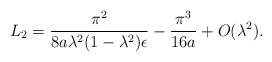
LaTeX: \begin{align*}L_2 = {\pi^2 \over 8a \lambda^2 (1 - \lambda^2) \epsilon} - {\pi^3\over 16a} + O(\lambda^2).\end{align*}